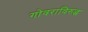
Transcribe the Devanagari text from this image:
गोवराविरुद्ध